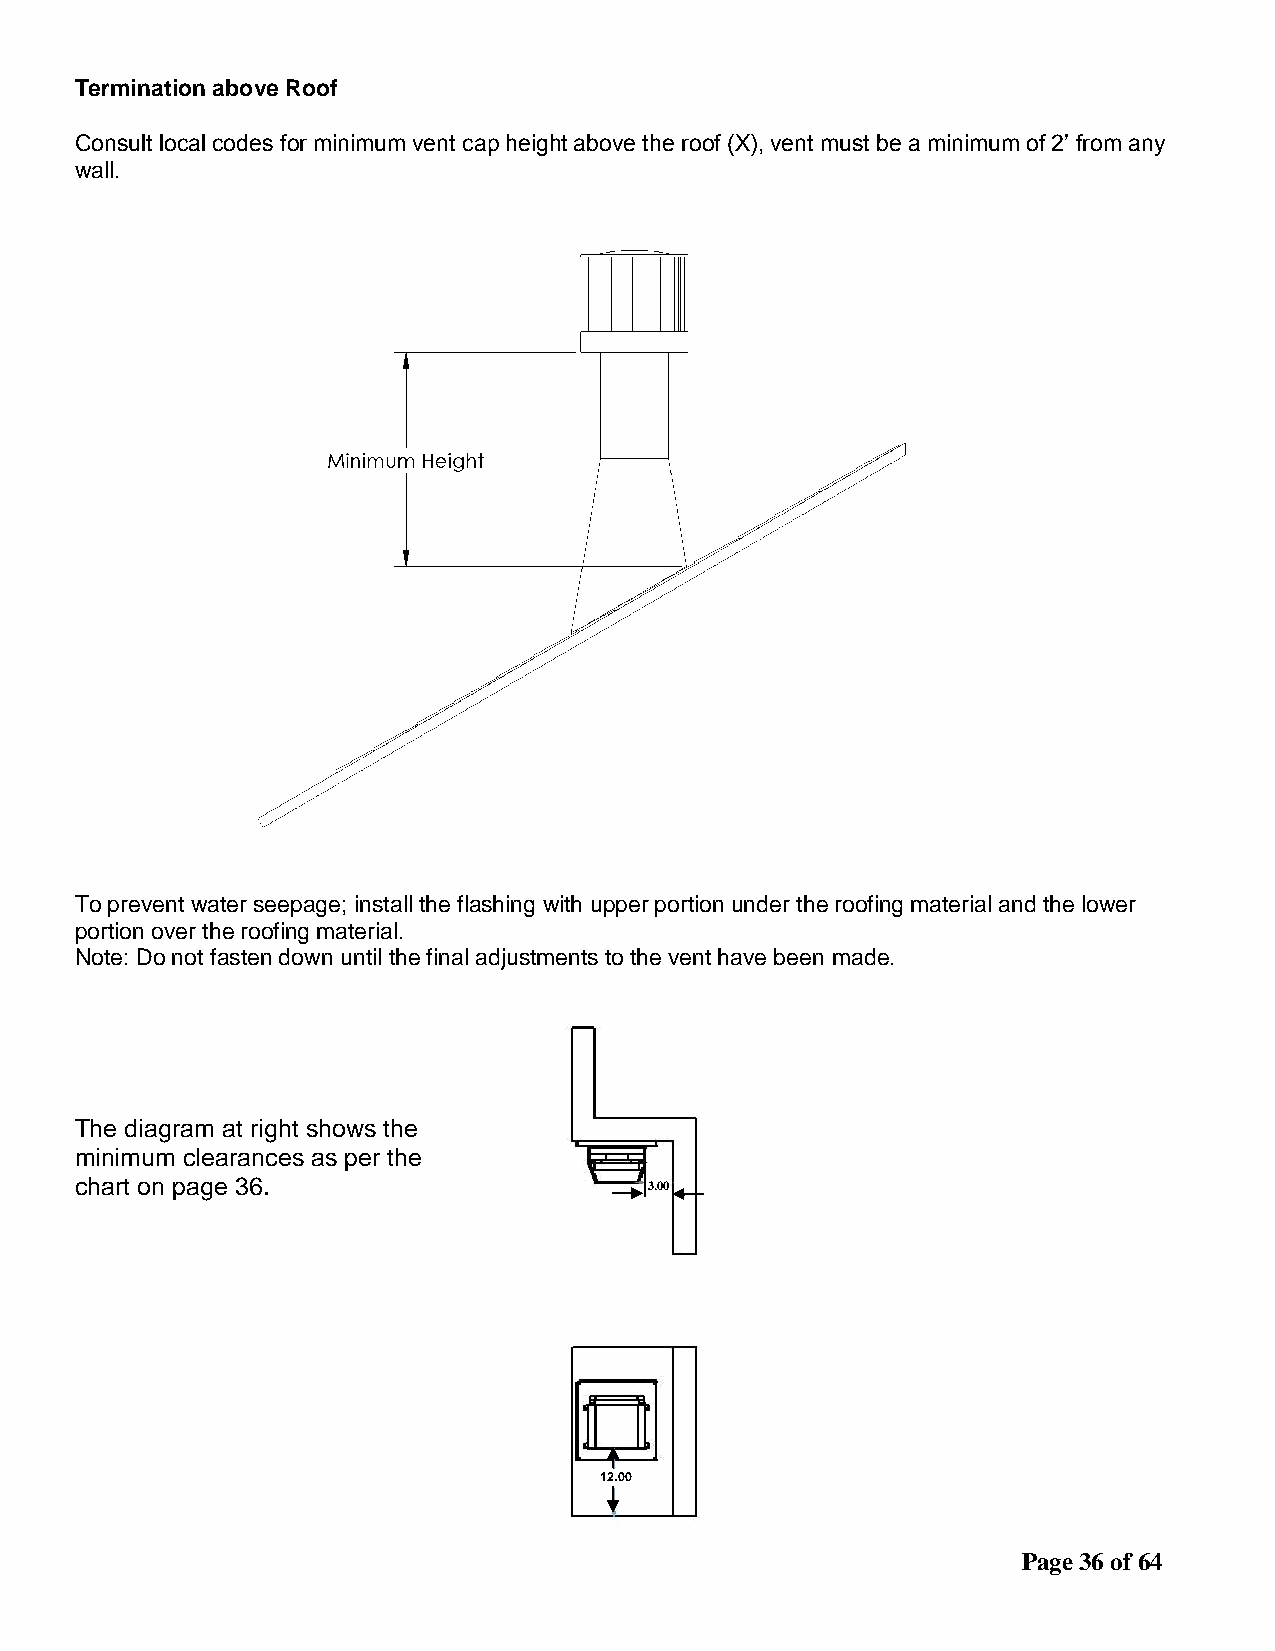
Termination above Roof
 Consult local codes for minimum vent cap height above the roof (X), vent must be a minimum of 2’ from any
 wall.
 To prevent water seepage; install the flashing with upper portion under the roofing material and the lower
 portion over the roofing material.
 Note: Do not fasten down until the final adjustments to the vent have been made.
 The diagram at right shows the
 minimum clearances as per the
 chart on page 36.                     3.00
 12.00
 Page 36 of 64